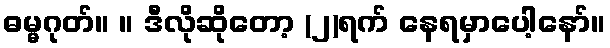
ဓမ္မဂုတ်။ ။ ဒီလိုဆိုတော့ (၂)ရက် နေရမှာပေါ့နော်။